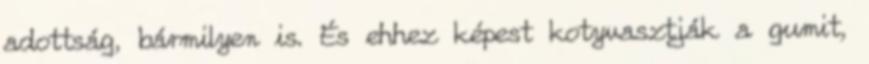
adottság, bármilyen is. És ehhez képest kotyvasztják a gumit,